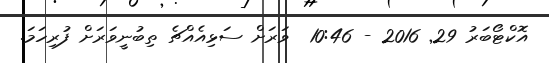
އޮކްޓޯބަރު 29